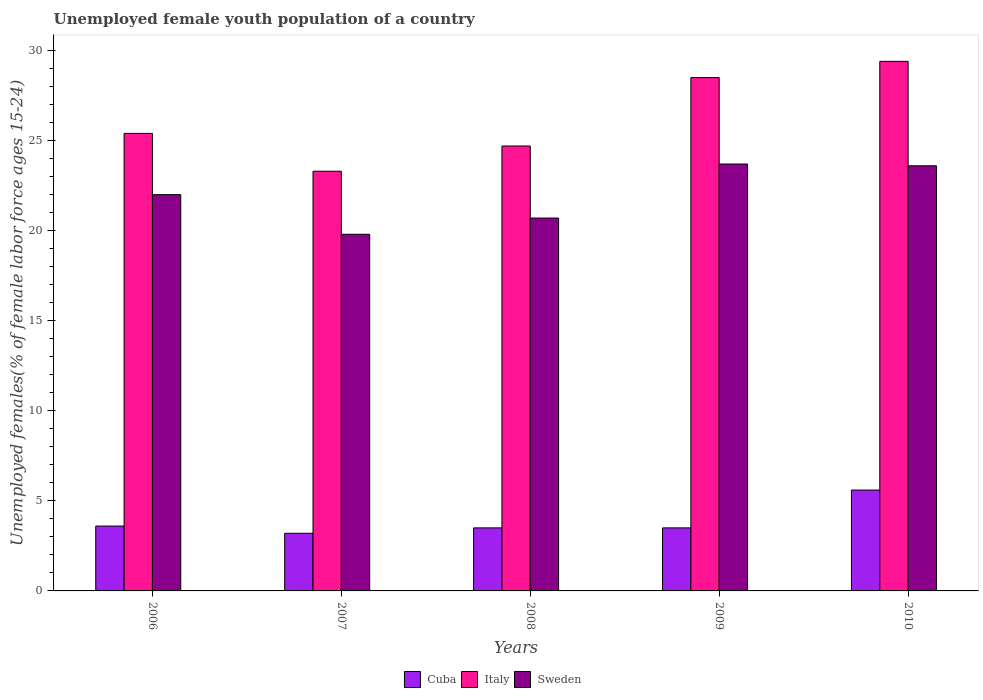
| Years | Cuba | Italy | Sweden |
 | --- | --- | --- | --- |
 | 2006 | 3.6 | 25.4 | 22 |
 | 2007 | 3.2 | 23.3 | 19.8 |
 | 2008 | 3.5 | 24.7 | 20.7 |
 | 2009 | 3.5 | 28.5 | 23.7 |
 | 2010 | 5.6 | 29.4 | 23.6 |